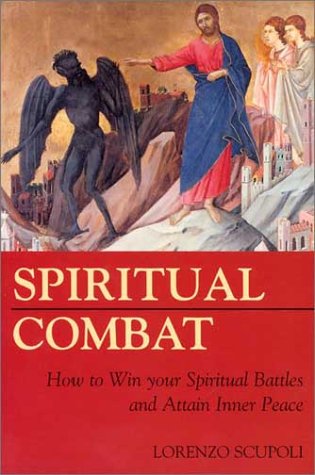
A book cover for Spiritual Combat: How to Win Your Spiritual Battles and Attain Peace; Lorenzo Scupoli; Christian Books & Bibles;